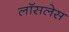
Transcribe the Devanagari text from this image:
लॉसलेस